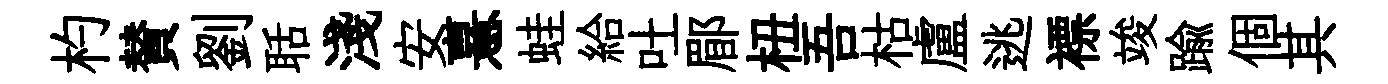
杓賛劉聒淺安憙蛙給吐郿杻吾枯盧逃褾竣踰個其